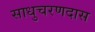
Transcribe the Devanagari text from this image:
साधुचरणदास